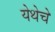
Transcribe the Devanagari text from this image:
येथेचे